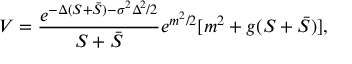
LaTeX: V = \frac { e ^ { - \Delta ( S + \bar { S } ) - \sigma ^ { 2 } \Delta ^ { 2 } / 2 } } { S + \bar { S } } e ^ { m ^ { 2 } / 2 } [ m ^ { 2 } + g ( S + \bar { S } ) ] ,